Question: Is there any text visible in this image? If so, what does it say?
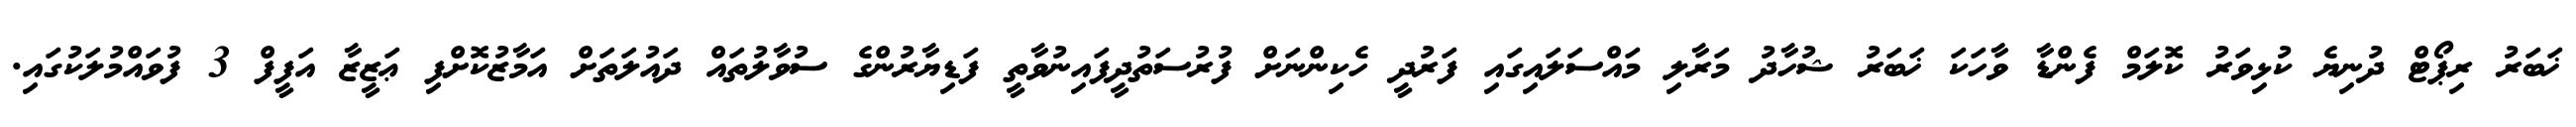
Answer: ޚަބަރު ރިޕޯޓް ދުނިޔެ ކުޅިވަރު ކޮލަމް ފެންޑާ ވާހަކަ ޚަބަރު ޝުހާދު މަރާލި މައްސަލައިގައި ފަރުދީ ހެކިންނަށް ފުރުސަތުދީފައިނުވާތީ ފަޑިޔާރުންގެ ސުވާލުތައް ދައުލަތަށް އަމާޒުކޮށްފި ޢަޒީޒާ އަފީފް 3 ފުވައްމުލަކުގައި.